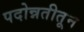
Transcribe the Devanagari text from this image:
पदोन्नतीतून